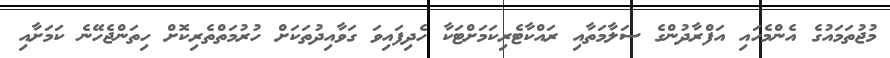
މުޖުތަމައުގެ އެންމެހައި އަފްރާދުންގެ ސަލާމަތާއި ރައްކާޓެރިކަމަށްޓަކާ ހެދިފައިވަ ގަވާއިދުތަކަށް ހުރުމަތްތެރިކޮށް ހިތަންޖެހޭނެ ކަމަށާއި